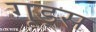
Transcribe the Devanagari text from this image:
गूड्स